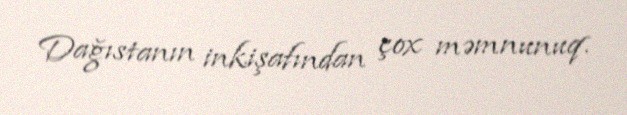
Dağıstanın inkişafından çox məmnunuq.